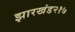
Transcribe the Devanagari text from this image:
झारखंड२१७